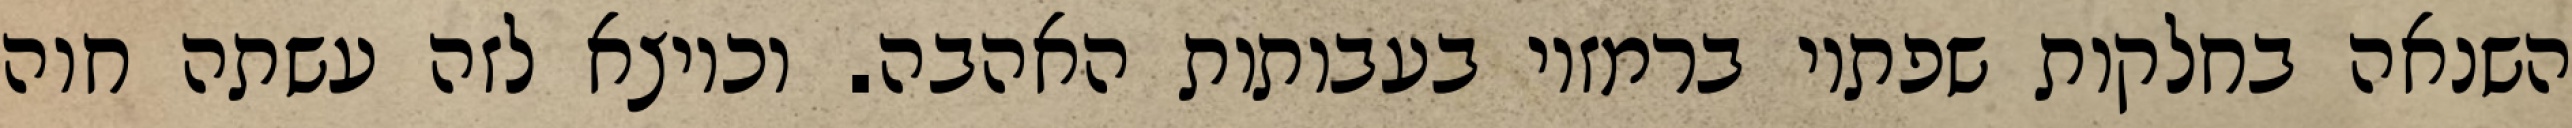
השנאה בחלקות שפתיו ברמזיו בעבותות האהבה. וכיוצא לזה עשתה חוה